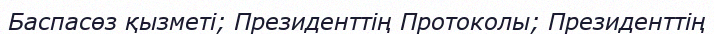
Баспасөз қызметі; Президенттің Протоколы; Президенттің